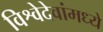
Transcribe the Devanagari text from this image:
विश्वेदेवांमध्ये